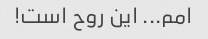
امم... این روح است!